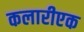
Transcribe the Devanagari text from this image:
कलारीएक